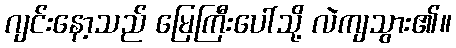
ဂျင်းနော့သည် မြေကြီးပေါ်သို့ လဲကျသွား၏။